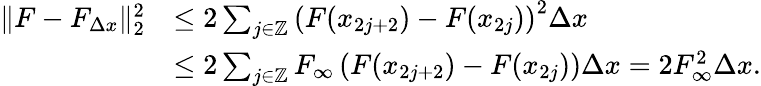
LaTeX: \begin{array}{rl}{\| F-F_{\Delta x}\| _{2}^{2}}&{\leq 2\sum_{j\in\mathbb{Z}}\left(F(x_{2j+2})-F(x_{2j})\right)^{2}\Delta x}\\ &{\leq 2\sum_{j\in\mathbb{Z}}F_{\infty}\left(F(x_{2j+2})-F(x_{2j})\right)\Delta x=2F_{\infty}^{2}\Delta x.}\end{array}